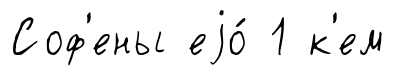
Соф'ены еjо́ 1 к'ем